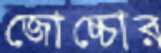
জোচ্চোর